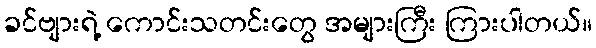
ခင်ဗျားရဲ့ ကောင်းသတင်းတွေ အများကြီး ကြားပါတယ်။